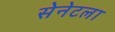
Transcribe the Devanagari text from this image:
सेनेटला